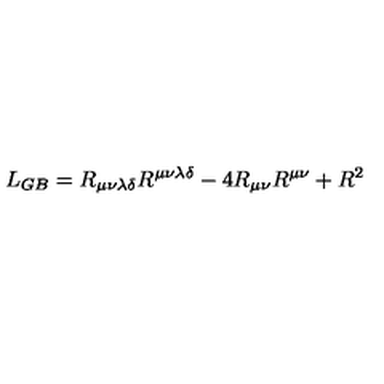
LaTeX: L _ { G B } = R _ { \mu \nu \lambda \delta } R ^ { \mu \nu \lambda \delta } - 4 R _ { \mu \nu } R ^ { \mu \nu } + R ^ { 2 }